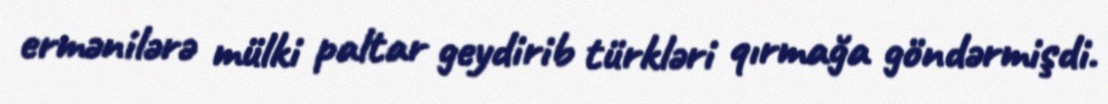
ermənilərə mülki paltar geydirib türkləri qırmağa göndərmişdi.